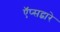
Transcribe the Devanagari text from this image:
ऍप्सद्वारे